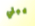
يبلي